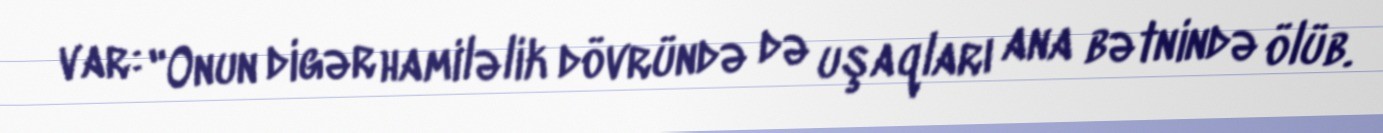
var: "Onun digər hamiləlik dövründə də uşaqları ana bətnində ölüb.